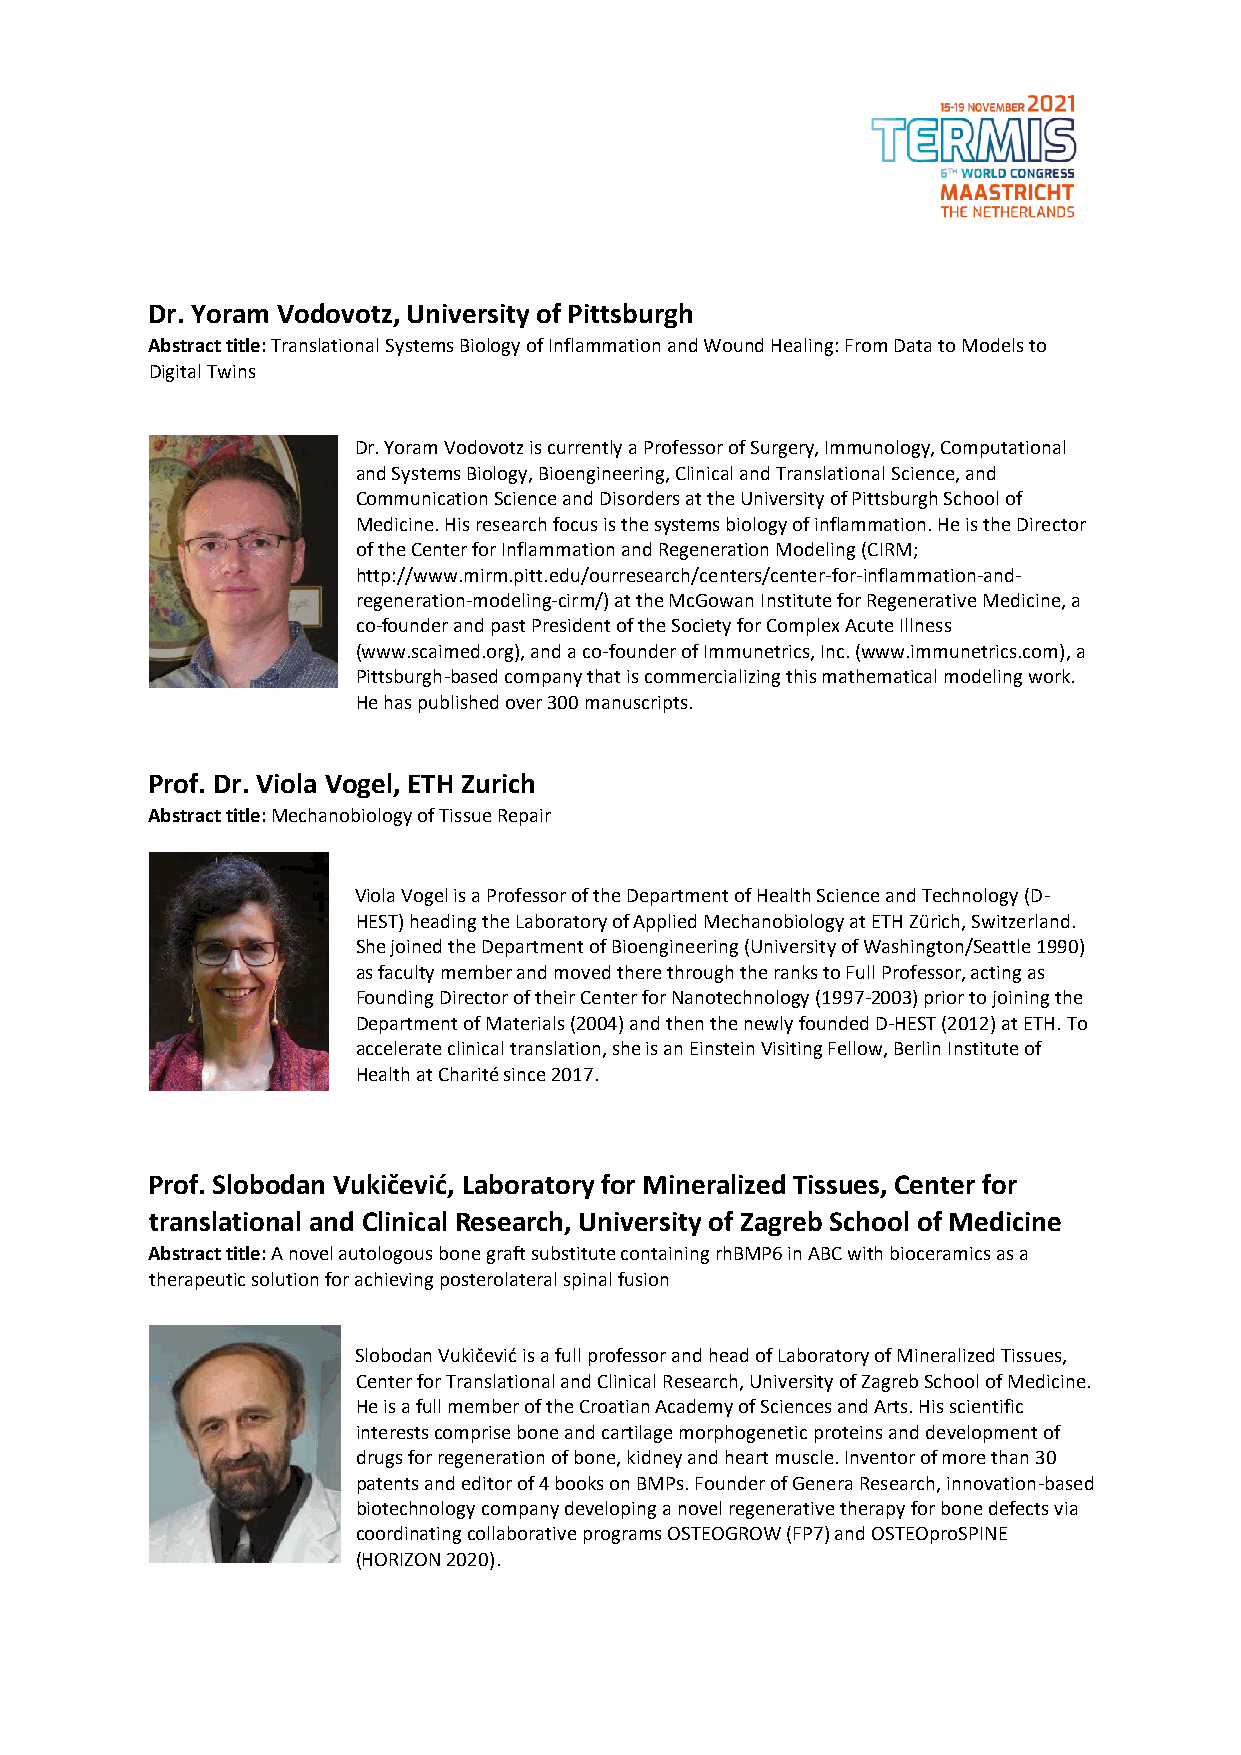
Dr. Yoram Vodovotz, University of Pittsburgh
 Abstract title: Translational Systems Biology of Inflammation and Wound Healing: From Data to Models to
 Digital Twins
 Dr. Yoram Vodovotz is currently a Professor of Surgery, Immunology, Computational
 and Systems Biology, Bioengineering, Clinical and Translational Science, and
 Communication Science and Disorders at the University of Pittsburgh School of
 Medicine. His research focus is the systems biology of inflammation. He is the Director
 of the Center for Inflammation and Regeneration Modeling (CIRM;
 http://www.mirm.pitt.edu/ourresearch/centers/center-for-inflammation-and-
 regeneration-modeling-cirm/) at the McGowan Institute for Regenerative Medicine, a
 co-founder and past President of the Society for Complex Acute Illness
 (www.scaimed.org), and a co-founder of Immunetrics, Inc. (www.immunetrics.com), a
 Pittsburgh-based company that is commercializing this mathematical modeling work.
 He has published over 300 manuscripts.
 Prof. Dr. Viola Vogel, ETH Zurich
 Abstract title: Mechanobiology of Tissue Repair
 Viola Vogel is a Professor of the Department of Health Science and Technology (D-
 HEST) heading the Laboratory of Applied Mechanobiology at ETH Zürich, Switzerland.
 She joined the Department of Bioengineering (University of Washington/Seattle 1990)
 as faculty member and moved there through the ranks to Full Professor, acting as
 Founding Director of their Center for Nanotechnology (1997-2003) prior to joining the
 Department of Materials (2004) and then the newly founded D-HEST (2012) at ETH. To
 accelerate clinical translation, she is an Einstein Visiting Fellow, Berlin Institute of
 Health at Charité since 2017.
 Prof. Slobodan Vukičević, Laboratory for Mineralized Tissues, Center for
 translational and Clinical Research, University of Zagreb School of Medicine
 Abstract title: A novel autologous bone graft substitute containing rhBMP6 in ABC with bioceramics as a
 therapeutic solution for achieving posterolateral spinal fusion
 Slobodan Vukičević is a full professor and head of Laboratory of Mineralized Tissues,
 Center for Translational and Clinical Research, University of Zagreb School of Medicine.
 He is a full member of the Croatian Academy of Sciences and Arts. His scientific
 interests comprise bone and cartilage morphogenetic proteins and development of
 drugs for regeneration of bone, kidney and heart muscle. Inventor of more than 30
 patents and editor of 4 books on BMPs. Founder of Genera Research, innovation-based
 biotechnology company developing a novel regenerative therapy for bone defects via
 coordinating collaborative programs OSTEOGROW (FP7) and OSTEOproSPINE
 (HORIZON 2020).